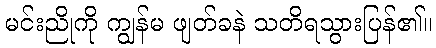
မင်းညိုကို ကျွန်မ ဖျတ်ခနဲ သတိရသွားပြန်၏။